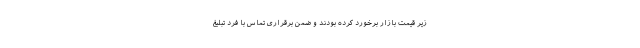
زیر قیمت بازار برخورد کرده بودند و ضمن برقراری تماس با فرد تبلیغ